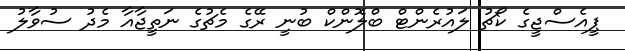
ޕީއެސްޖީގެ ކޯޗު ލައުރެންޓް ބްލޮންކް ބުނީ ރޭގެ މެޗުގެ ނަތީޖާއާ މެދު ސުވާލު